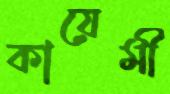
কায়েমী